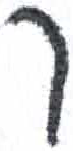
אות: ך